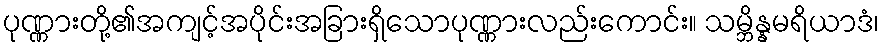
ပုဏ္ဏားတို့၏အကျင့်အပိုင်းအခြားရှိသောပုဏ္ဏားလည်းကောင်း။ သမ္ဘိန္နမရိယာဒံ၊